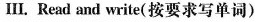
Ⅲ.Read and write(按要求写单词)